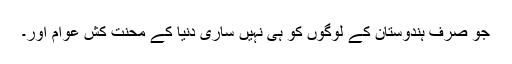
جو صرف ہندوستان کے لوگوں کو ہی نہیں ساری دنیا کے محنت کش عوام اور۔